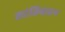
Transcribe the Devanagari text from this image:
शांतिवाहन